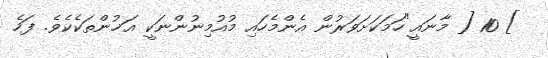
] 10 [ މާނައީ"ހަމަކަށަވަރުން އެންމެހައި މުއުމިނުންނަކީ އަޚުންތަކެކެވެ. ފަހެ